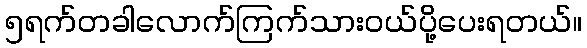
၅ရက်တခါလောက်ကြက်သားဝယ်ပို့ပေးရတယ်။